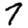
Digit: 7